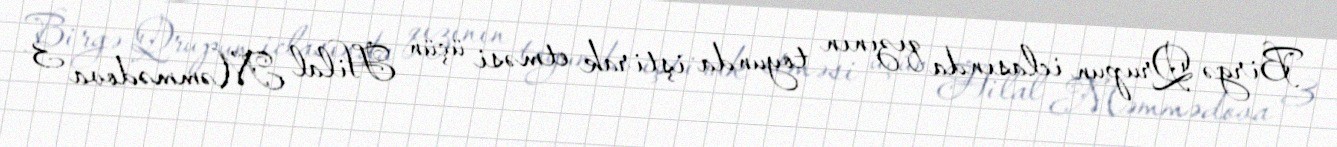
Birgə Qrupun iclasında qızının toyunda iştirak etməsi üçün Hilal Məmmədova 3